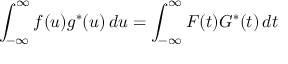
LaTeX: \int _ { - \infty } ^ { \infty } f ( u ) g ^ { * } ( u ) \, d u = \int _ { - \infty } ^ { \infty } F ( t ) G ^ { * } ( t ) \, d t